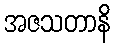
အဇသတာနိ